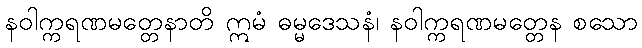
နဝါက္ကရဏမတ္တေနာတိ ဣမံ ဓမ္မဒေသနံ၊ နဝါက္ကရဏမတ္တေန စသော